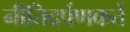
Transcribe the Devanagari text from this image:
नीतिदर्पणकर्ते